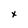
Character: X